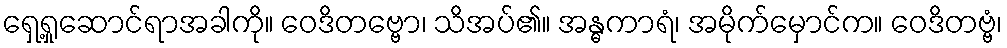
ရှေ့ရှုဆောင်ရာအခါကို။ ဝေဒိတဗ္ဗော၊ သိအပ်၏။ အန္ဓကာရံ၊ အမိုက်မှောင်က။ ဝေဒိတဗ္ဗံ၊